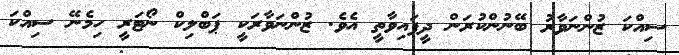
ސިއްކަ ޒުންނަވާރު ބޭނުންކުރަން ދީފައިވާތީ އެވެ. ޒުންނަވާރަކީ ޕަބްލިކް ނޯޓަރީ ހިމެނޭ ސިއްކަ